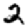
Digit: 2